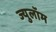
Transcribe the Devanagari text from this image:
ज्युलॉम